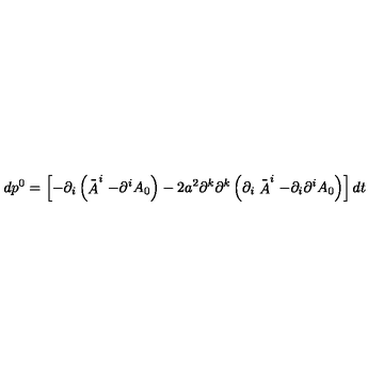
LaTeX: d p ^ { 0 } = \left[ - \partial _ { i } \left( \stackrel { \_ } { A } ^ { i } - \partial ^ { i } A _ { 0 } \right) - 2 a ^ { 2 } \partial ^ { k } \partial ^ { k } \left( \partial _ { i } \stackrel { \_ } { A } ^ { i } - \partial _ { i } \partial ^ { i } A _ { 0 } \right) \right] d t